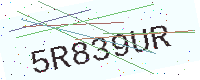
Text: 5R839UR